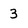
Character: 3